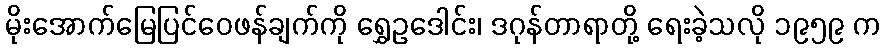
မိုးအောက်မြေပြင်ဝေဖန်ချက်ကို ရွှေဥဒေါင်း၊ ဒဂုန်တာရာတို့ ရေးခဲ့သလို ၁၉၅၉ က